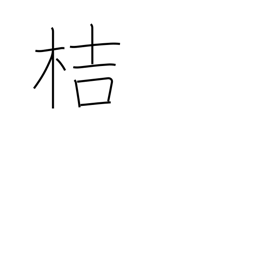
Meaning: used in plant names